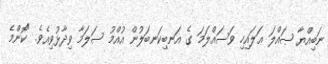
ނަބިއްޔާ ޞައްލަ ޢަލައިހި ވަސައްލަމަ ގެ އަނބިކަނބަލުން އުއްމު ސަލަމާ ވިދާޅުވިއެވެ. "ކޮންމެ